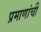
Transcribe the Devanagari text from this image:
प्रमाणांची